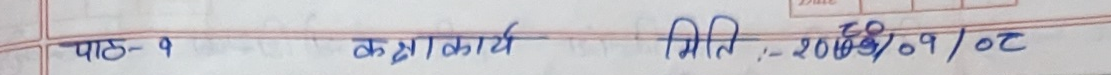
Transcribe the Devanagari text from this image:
पाठ-१ कक्षाकार्य मिति:- २०८१/०१/०८